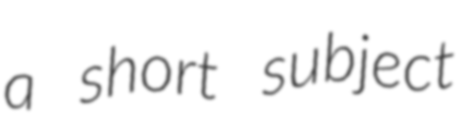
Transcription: a short subject